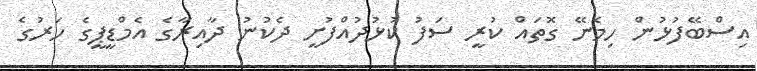
އިސްބޭފުޅުން ހިމެނޭ ގޮތައް ކުރީ ސަފު ކުޅުދުއްފުށީ ދެކުނު ދާއިރާގެ އެމްޑީޕީގެ ހަރުގެ